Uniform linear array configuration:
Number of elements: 64
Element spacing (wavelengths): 0.5
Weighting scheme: cosine
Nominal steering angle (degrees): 30
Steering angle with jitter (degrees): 28.319
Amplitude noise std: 0.05
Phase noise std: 0.05

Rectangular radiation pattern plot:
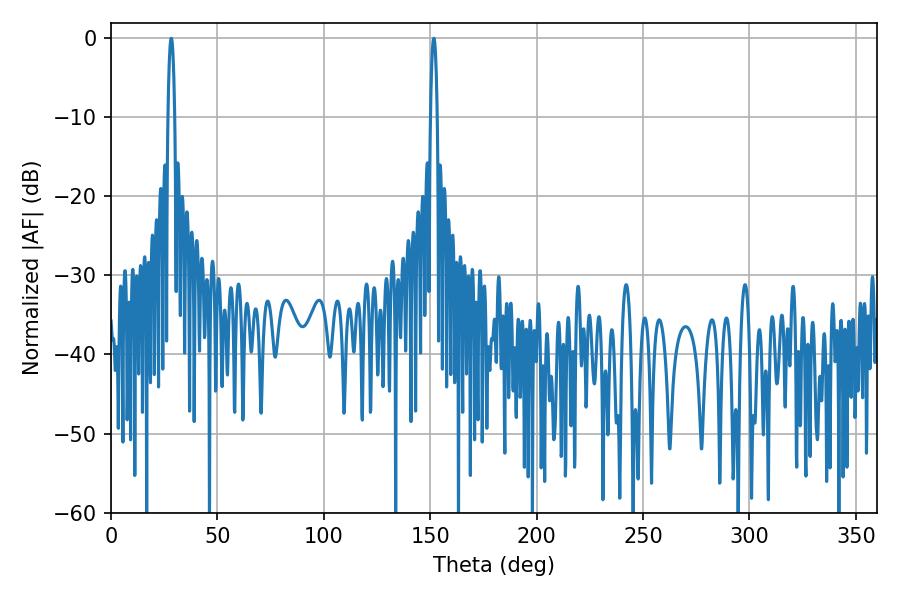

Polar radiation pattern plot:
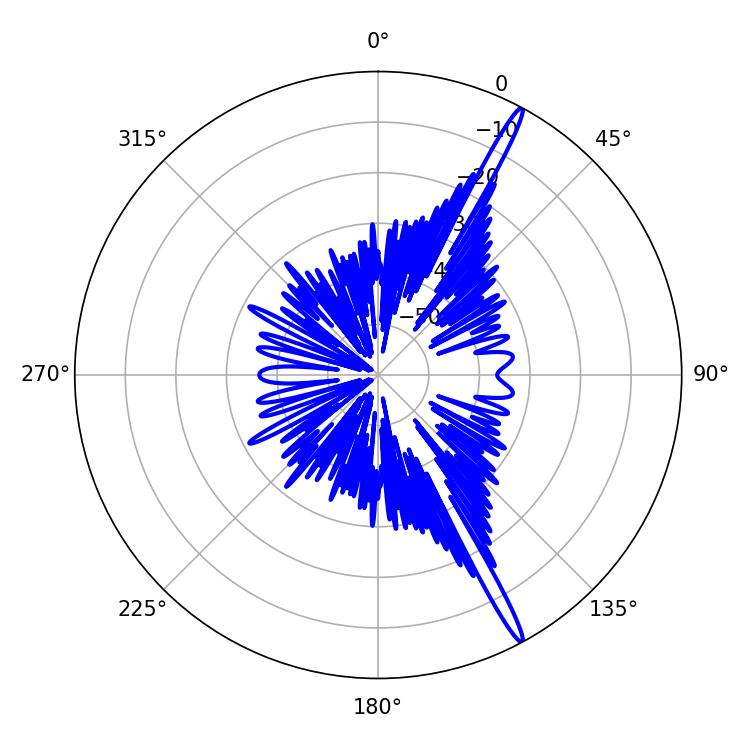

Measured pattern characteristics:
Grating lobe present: FALSE
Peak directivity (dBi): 17.679
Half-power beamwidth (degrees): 1.62
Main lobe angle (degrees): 151.74